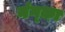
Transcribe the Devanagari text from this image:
मंग्का